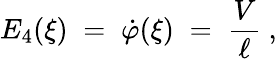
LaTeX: E_{4}(\xi)\; =\; \dot{\varphi}(\xi)\; =\; \frac V\ell~,